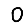
Digit: 0